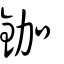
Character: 鉫